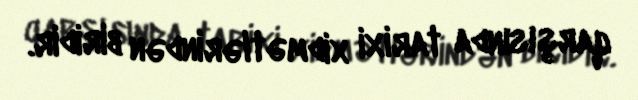
qarşısında tarixi xidmətlərindən biridir.